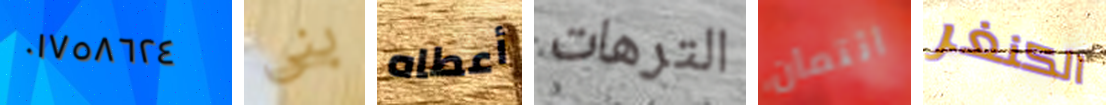
٠١٧٥٨٦٢٤ بنى أعطاه الترهات ائتمان الكنغر